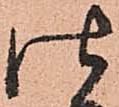
仕